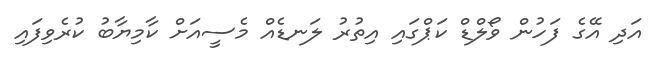
އަދި އޭގެ ފަހުން ވޯލްޑް ކަޕްގައި އިތުރު ލަނޑެއް މެސީއަށް ކާމިޔާބު ކުރެވިފައި